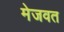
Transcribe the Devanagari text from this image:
मेजवत